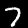
Digit: 7